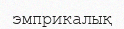
эмприкалық